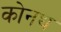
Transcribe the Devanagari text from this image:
कोनथ